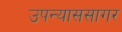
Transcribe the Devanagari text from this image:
उपन्याससागर